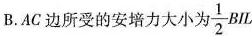
B.AC边所受安培力大小为\frac{1}{2}BIL